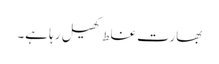
بھارت غلط کھیل رہا ہے۔